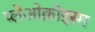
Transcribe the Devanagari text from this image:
प्लेओक्रोइस्म